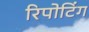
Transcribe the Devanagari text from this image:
रिपोटिंग